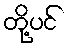
တို့ပင်